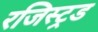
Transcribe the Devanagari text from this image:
रजिस्ट्रड